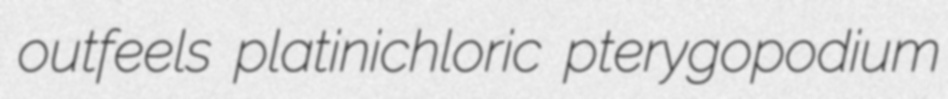
outfeels platinichloric pterygopodium